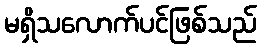
မရှိသလောက်ပင်ဖြစ်သည်